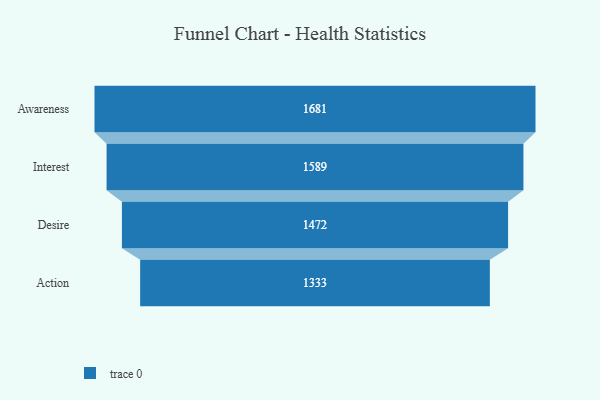
{"axis": {"x": "Stage", "y": "Value"}, "legend": [""], "data": [{"x": "Awareness", "y": 1681.0, "type": ""}, {"x": "Interest", "y": 1589.0, "type": ""}, {"x": "Desire", "y": 1472.0, "type": ""}, {"x": "Action", "y": 1333.0, "type": ""}]}